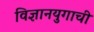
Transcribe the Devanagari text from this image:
विज्ञानयुगाची